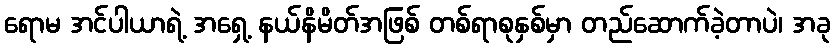
ရောမ အင်ပါယာရဲ့ အရှေ့ နယ်နိမိတ်အဖြစ် တစ်ရာစုနှစ်မှာ တည်ဆောက်ခဲ့တာပဲ၊ အခု